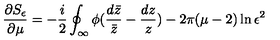
\frac { \partial S _ { \epsilon } } { \partial \mu } = - \frac { i } { 2 } \oint _ { \infty } \phi ( \frac { d \bar { z } } { \bar { z } } - \frac { d z } { z } ) - 2 \pi ( \mu - 2 ) \ln \epsilon ^ { 2 }